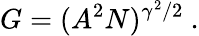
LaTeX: G=(A^{2}N)^{\gamma^{2}/2}\ .